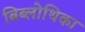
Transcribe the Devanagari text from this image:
बिब्लोथिका